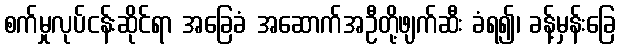
စက်မှုလုပ်ငန်းဆိုင်ရာ အခြေခံ အဆောက်အဦတို့ဖျက်ဆီး ခံရ၍၊ ခန့်မှန်းခြေ